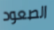
الصعود